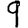
Digit: 9